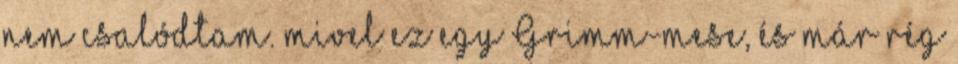
nem csalódtam. mivel ez egy Grimm-mese, és már rég